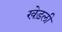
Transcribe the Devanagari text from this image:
खेड़ली